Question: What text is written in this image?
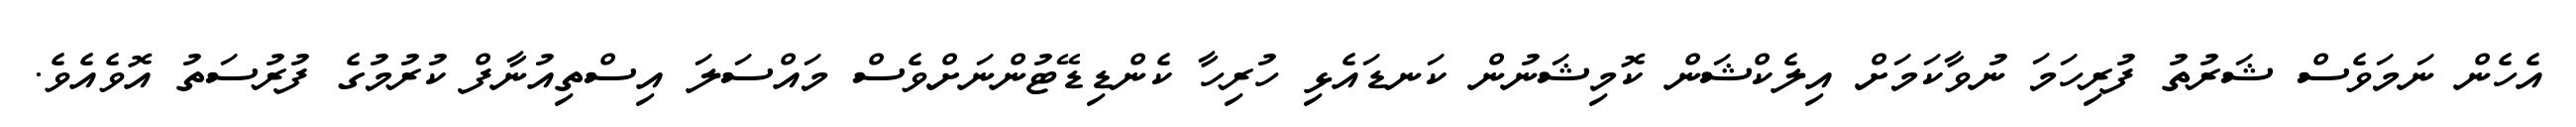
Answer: އެހެން ނަމަވެސް ޝަރުތު ފުރިހަމަ ނުވާކަމަށް އިލެކްޝަން ކޮމިޝަނުން ކަނޑައެޅި ހުރިހާ ކެންޑިޑޭޓުންނަށްވެސް މައްސަލަ އިސްތިއުނާފް ކުރުމުގެ ފުރުސަތު އޮވެއެވެ.